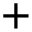
+